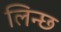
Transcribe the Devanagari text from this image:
लिन्छ